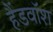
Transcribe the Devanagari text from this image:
हैंडवॉश